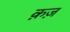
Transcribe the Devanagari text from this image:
क़ज़